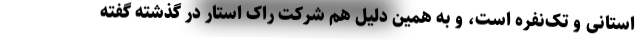
استانی و تک‌نفره است، و به همین دلیل هم شرکت راک استار در گذشته گفته